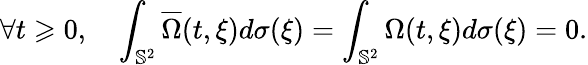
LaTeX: \forall t\geqslant 0,\quad\int_{\mathbb{S}^{2}}\overline{{\Omega}}(t,\xi)d\sigma(\xi)=\int_{\mathbb{S}^{2}}\Omega(t,\xi)d\sigma(\xi)=0.